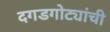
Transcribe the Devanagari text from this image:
दगडगोट्यांची